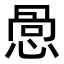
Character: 𪬋